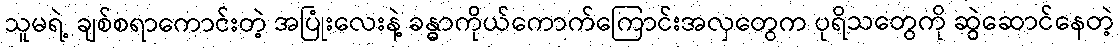
သူမရဲ့ ချစ်စရာကောင်းတဲ့ အပြုံးလေးနဲ့ ခန္ဓာကိုယ်ကောက်ကြောင်းအလှတွေက ပုရိသတွေကို ဆွဲဆောင်နေတဲ့